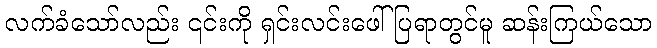
လက်ခံသော်လည်း ၎င်းကို ရှင်းလင်းဖေါ်ပြရာတွင်မူ ဆန်းကြယ်သော